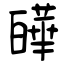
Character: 皣